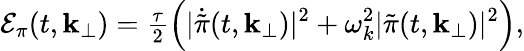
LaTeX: {\cal E}_{\pi}(t,{\mathbf k}_{\perp})={\textstyle{\frac{\tau}{2}}}\Bigl(\vert\dot{\tilde{\pi}}(t,{\mathbf k}_{\perp})\vert^{2}+\omega_{k}^{2}\vert\tilde{\pi}(t,{\mathbf k}_{\perp})\vert^{2}\Bigr),